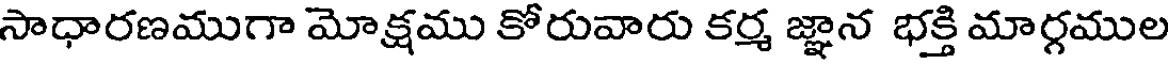
సాధారణముగా మోక్షము కోరువారు కర్మ జ్ఞాన భక్తి మార్గముల